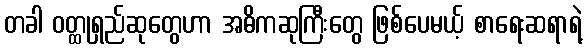
တခါ ဝတ္ထုရှည်ဆုတွေဟာ အဓိကဆုကြီးတွေ ဖြစ်ပေမယ့် စာရေးဆရာရဲ့